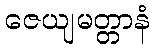
ဇေယျမတ္တာနံ